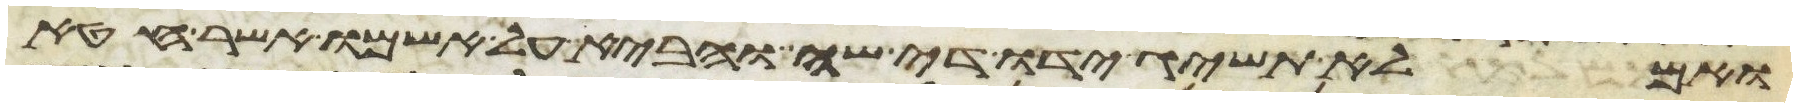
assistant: ואם לא תשיג ידו די שה והביא על אשמו אשר חטא